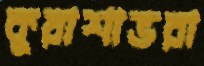
কুয়াশাভরা